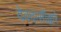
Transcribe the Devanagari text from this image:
देवदासींद्वारे